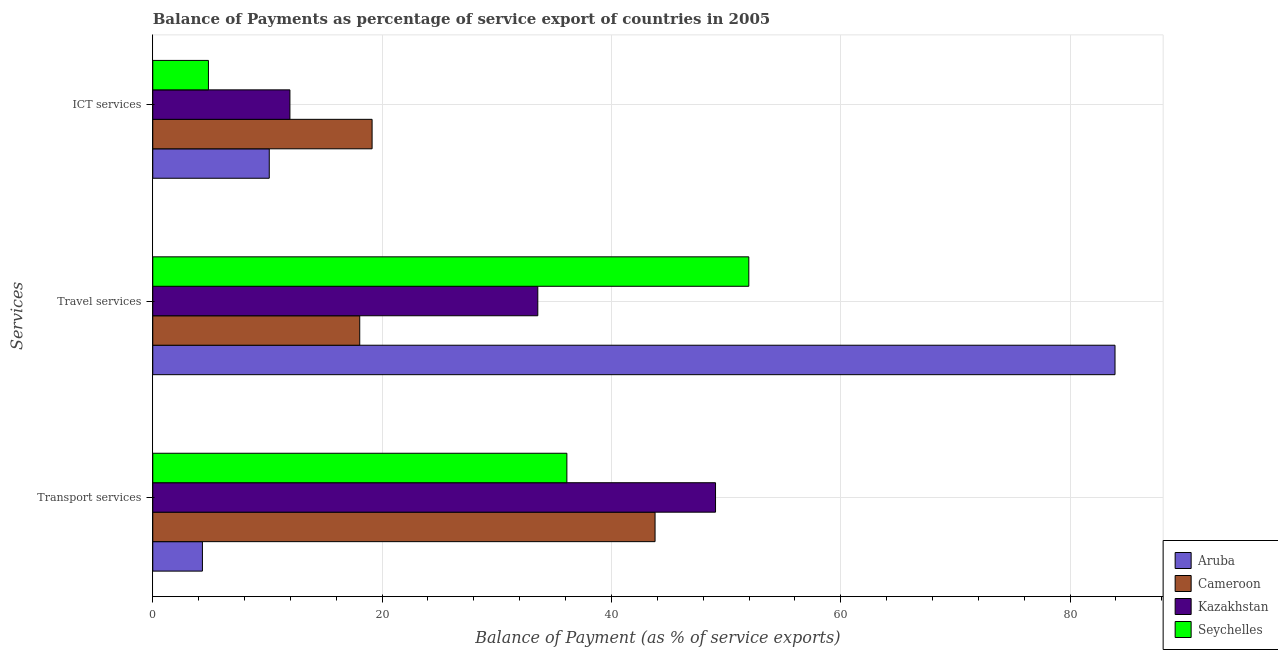
| Services | Aruba | Cameroon | Kazakhstan | Seychelles |
 | --- | --- | --- | --- | --- |
 | Transport services | 4.33 | 43.8 | 49.1 | 36.1 |
 | Travel services | 83.9 | 18 | 33.6 | 52 |
 | ICT services | 10.2 | 19.1 | 12 | 4.85 |